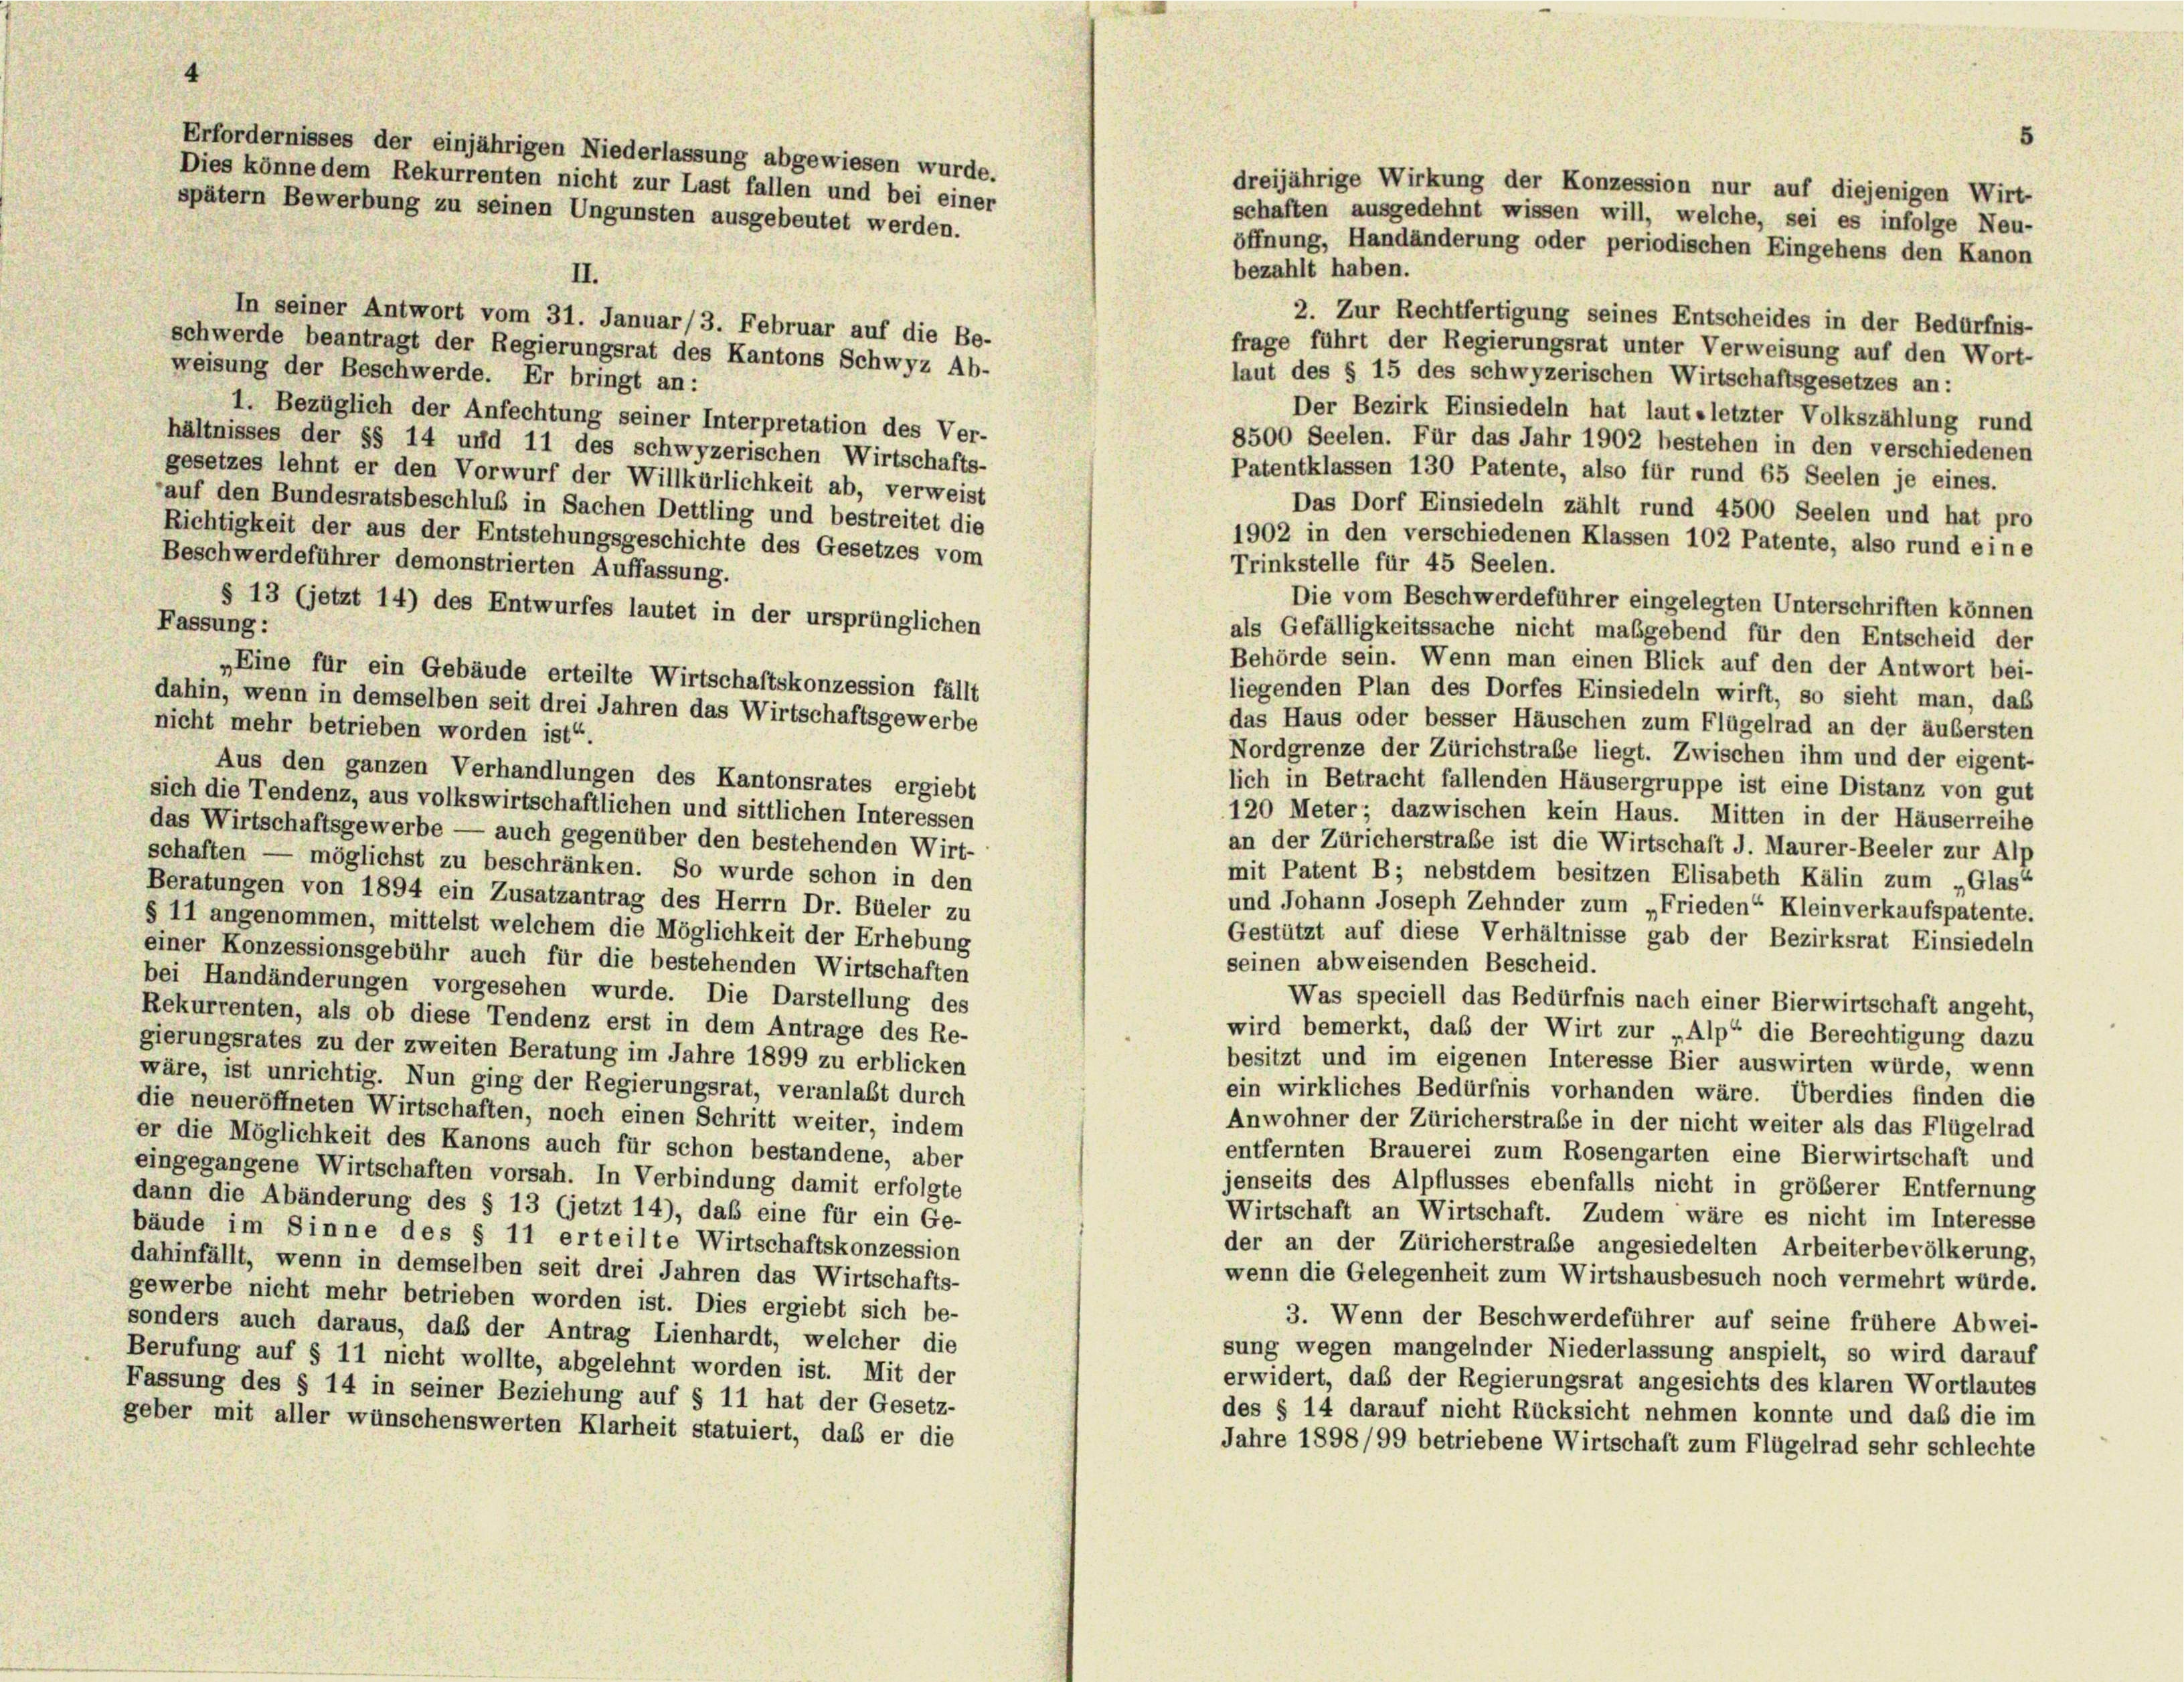
öffnung, Handänderung oder periodischen Eingehens den Kanon
bezahlt haben.
II.
2. Zur Rechtfertigung seines Entscheides in der Bedürfnis-
In seiner Antwort vom 31. Januar/3. Februar auf die Be-
frage führt der Regierungsrat unter Verweisung auf den Wort-
schwerde beantragt der Regierungsrat des Kantons Schwyz Ab-
weisung der Beschwerde. Er bringt an:
laut des § 15 des schwyzerischen Wirtschaftsgesetzes an:
Der Bezirk Einsiedeln hat laut »letzter Volkszählung rund
1. Bezüglich der Anfechtung seiner Interpretation des Ver-
8500 Seelen. Für das Jahr 1902 bestehen in den verschiedenen
hältnisses der §§ 14 und 11 des schwyzerischen Wirtschafts-
Patentklassen 130 Patente, also für rund 65 Seelen je eines.
gesetzes lehnt er den Vorwurf der Willkürlichkeit ab, verweist
auf den Bundesratsbeschluß in Sachen Dettling und bestreitet die
Das Dorf Einsiedeln zählt rund 4500 Seelen und hat pro
Richtigkeit der aus der Entstehungsgeschichte des Gesetzes vom
1902 in den verschiedenen Klassen 102 Patente, also rund eine
Beschwerdeführer demonstrierten Auffassung.
Trinkstelle für 45 Seelen.
Die vom Beschwerdeführer eingelegten Unterschriften können
§ 13 (jetzt 14) des Entwurfes lautet in der ursprünglichen
Fassung:
als Gefälligkeitssache nicht maßgebend für den Entscheid der
Behörde sein. Wenn man einen Blick auf den der Antwort bei-
Eine für ein Gebäude erteilte Wirtschaftskonzession fällt
liegenden Plan des Dorfes Einsiedeln wirft, so sieht man, daß
dahin, wenn in demselben seit drei Jahren das Wirtschaftsgewerbe
das Haus oder besser Häuschen zum Flügelrad an der äußersten
nicht mehr betrieben worden ist“.
Nordgrenze der Zürichstraße liegt. Zwischen ihm und der eigent-
Aus den ganzen Verhandlungen des Kantonsrates ergiebt
lich in Betracht fallenden Häusergruppe ist eine Distanz von gut
sich die Tendenz, aus volkswirtschaftlichen und sittlichen Interessen
120 Meter dazwischen kein Haus. Mitten in der Häuserreihe
das Wirtschaftsgewerbe — auch gegenüber den bestehenden Wirt-
an der Züricherstraße ist die Wirtschaft d. Maurer-Beeler zur Alp
schaften — möglichst zu beschränken. So wurde schon in den
mit Patent B; nebstdem besitzen Elisabeth Kälin zum „Glas“
Beratungen von 1894 ein Zusatzantrag des Herrn Dr. Büeler zu
und Johann Joseph Zehnder zum „Frieden“ Kleinverkaufspatente.
§ 11 angenommen, mittelst welchem die Möglichkeit der Erhebung
Gestützt auf diese Verhältnisse gab der Bezirksrat Einsiedeln
einer Konzessionsgebühr auch für die bestehenden Wirtschaften
seinen abweisenden Bescheid.
bei Handänderungen vorgesehen wurde. Die Darstellung des
Was speciell das Bedürfnis nach einer Bierwirtschaft angeht,
ekurrenten, als ob diese Tendenz erst in dem Antrage des Re-
wird bemerkt, daß der Wirt zur „Alp“ die Berechtigung dazu
gierungsrates zu der zweiten Beratung im Jahre 1899 zu erblicken
besitzt und im eigenen Interesse Bier auswirten würde, wenn
wäre, ist unrichtig. Nun ging der Regierungsrat, veranlaßt durch
ein wirkliches Bedürfnis vorhanden wäre. Überdies finden die
die neueröffneten Wirtschaften, noch einen Schritt weiter, indem
Anwohner der Züricherstraße in der nicht weiter als das Flügelrad
r die Möglichkeit des Kanons auch für schon bestandene, aber
entfernten Brauerei zum Rosengarten eine Bierwirtschaft und
ingegangene Wirtschaften vorsah. In Verbindung damit erfolgte
jenseits des Alpflusses ebenfalls nicht in größerer Entfernung
ann die Abänderung des § 13 (jetzt 14), daß eine für ein Ge-
Wirtschaft an Wirtschaft. Zudem wäre es nicht im Interesse
äude im Sinne des § 11 erteilte Wirtschaftskonzession
der an der Züricherstraße angesiedelten Arbeiterbevölkerung,
ahinfällt, wenn in demselben seit drei Jahren das Wirtschafts-
wenn die Gelegenheit zum Wirtshausbesuch noch vermehrt wurde.
ewerbe nicht mehr betrieben worden ist. Dies ergiebt sich be-
3. Wenn der Beschwerdeführer auf seine frühere Abwei-
onders auch daraus, daß der Antrag Lienhardt, welcher die
sung wegen mangelnder Niederlassung anspielt, so wird darauf
erufung auf § 11 nicht wollte, abgelehnt worden ist. Mit der
erwidert, daß der Regierungsrat angesichts des klaren Wortlautes
assung des § 14 in seiner Beziehung auf § 11 hat der Gesetz-
des § 14 darauf nicht Rücksicht nehmen konnte und das die im
eber mit aller wünschenswerten Klarheit statuiert, daß er die
Jahre 1898/99 betriebene Wirtschaft zum Flügelrad sehr schlechte

Erfordernisses der einjährigen Niederlassung abgewiesen wurde.
Dies könne dem Rekurrenten nicht zur Last fallen und bei einer
spätem Bewerbung zu seinen Ungunsten ausgebeutet werden.

dreijährige Wirkung der Konzession nur auf diejenigen Wirt-
schaften ausgedehnt wissen will, welche, sei es infolge Neu-